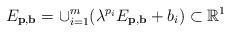
LaTeX: \begin{align*} E_{\mathbf{p},\mathbf{b}}=\cup _{i=1}^{m}(\lambda ^{p_{i}}E_{\mathbf{p},\mathbf{b}}+b_{i})\subset \mathbb{R}^{1}\end{align*}